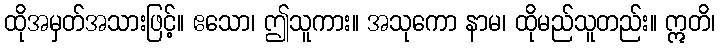
ထိုအမှတ်အသားဖြင့်။ ဧသော၊ ဤသူကား။ အသုကော နာမ၊ ထိုမည်သူတည်း။ ဣတိ၊